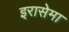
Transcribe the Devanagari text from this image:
इरासेमा